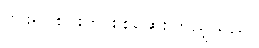
ဗိုင်းရပ်စ်ပိုးကို စစ်ဆေးကြည့်သည်။